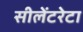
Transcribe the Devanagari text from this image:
सीलेंटरेटा